Indian journal of veterinary science and animal husbandry - Volumes 18-21, 1948-1951
Year: 1948
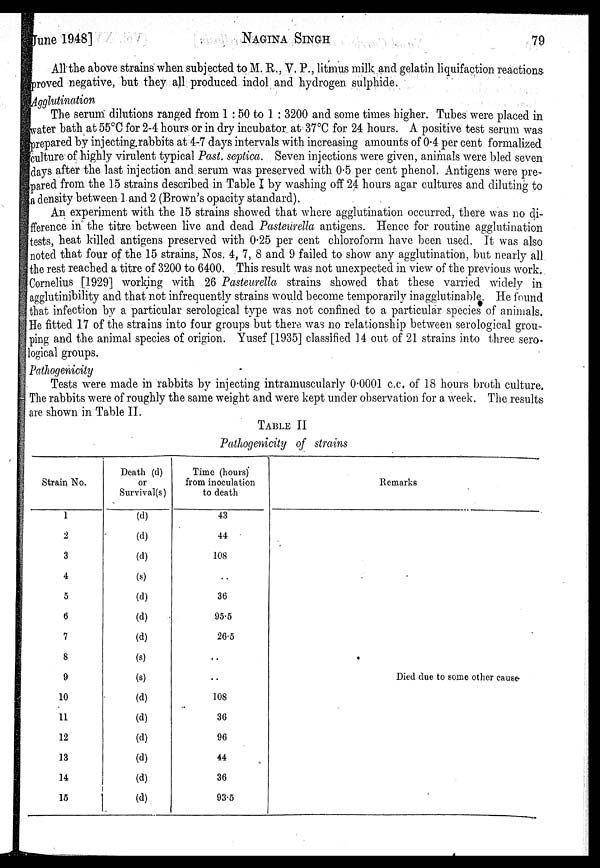
June 1948]
NAGINA
SINGH
79
All the above strains when subjected to M. R., V. P., litmus milk and gelatin liquifaction reactions
proved negative, but they all produced indol and hydrogen sulphide.
Agglutination
The serum dilutions ranged from 1 : 50 to 1 : 3200 and some times higher. Tubes were placed in
water bath at 55°C for 2-4 hours or in dry incubator at 37°C for 24 hours. A positive test serum was
prepared by injecting rabbits at 4-7 days intervals with increasing amounts of 0.4 per cent formalized
culture of highly virulent typical Past. septica. Seven injections were given, animals were bled seven
days after the last injection and serum was preserved with 0.5 per cent phenol. Antigens were pre-
pared from the 15 strains described in Table I by washing off 24 hours agar cultures and diluting to
a density between 1 and 2 (Brown's opacity standard).
An experiment with the 15 strains showed that where agglutination occurred, there was no di-
fference in the titre between live and dead Pasteurella antigens. Hence for routine agglutination
tests, heat killed antigens preserved with 0.25 per cent chloroform have been used. It was also
noted that four of the 15 strains, Nos. 4, 7, 8 and 9 failed to show any agglutination, but nearly all
the rest reached a titre of 3200 to 6400. This result was not unexpected in view of the previous work.
Cornelius [1929] working with 26 Pasteurella strains showed that these varried widely in
agglutinibility and that not infrequently strains would become temporarily inagglutinable. He found
that infection by a particular serological type was not confined to a particular species of animals.
He fitted 17 of the strains into four groups but there was no relationship between serological grou-
ping and the animal species of origion. Yusef [1935] classified 14 out of 21 strains into three sero-
logical groups.
Pathogenicity
Tests were made in rabbits by injecting intramuscularly 0.0001 c.c. of 18 hours broth culture.
The rabbits were of roughly the same weight and were kept under observation for a week. The results
are shown in Table II.
TABLE II
Pathogenicity of strains
Strain No.
1
2
3
4
5
6
7
8
9
10
11
12
13
14
15
Death (d)
or
Survival(s)
(d)
(d)
(d)
(s)
(d)
(d)
(d)
(s)
(s)
(d)
(d)
(d)
(d)
(d)
(d)
Time (hours)
from inoculation
to death
43
44
108
. .
36
95.5
26.5
. .
. .
108
36
96
44
36
93.5
Remarks
Died due to some other cause